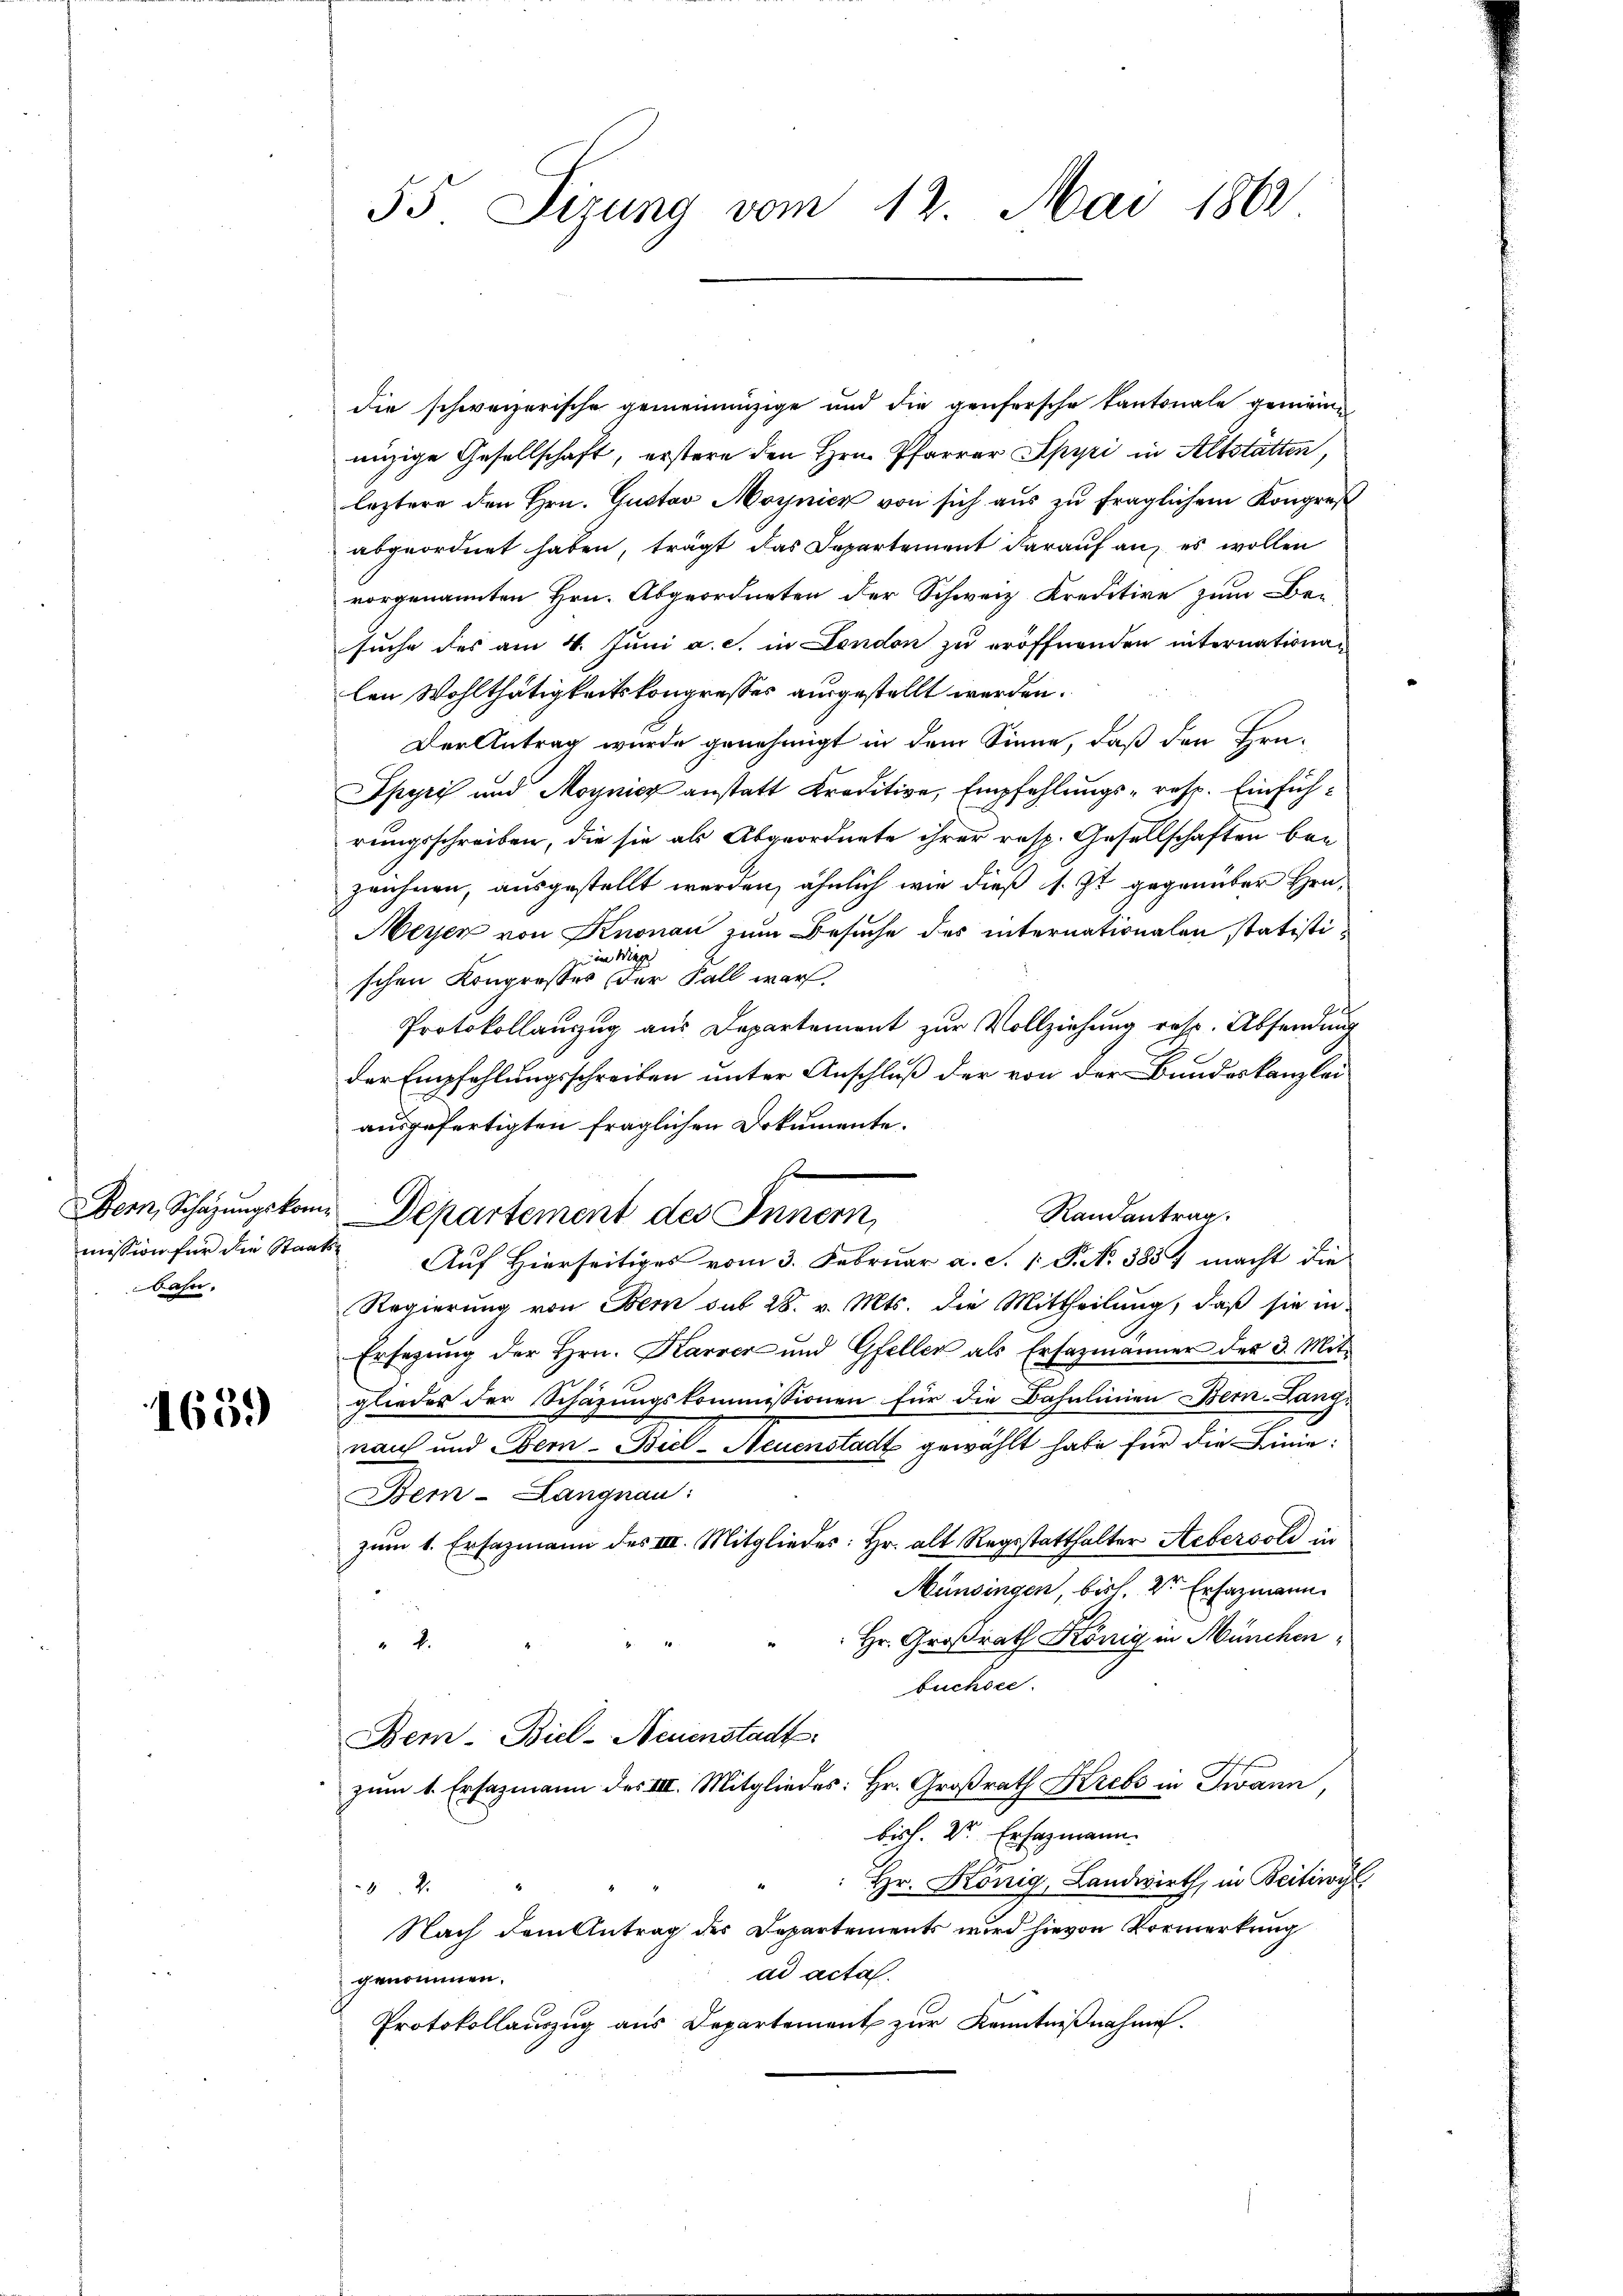
mission für die Staatsbahn.

1659

die schweizerische gemeinanzige und die genfersche Kantonale genien
enzige Gesellschaft, erstere den Hrn. Pfarrer Spyri in Altstätten,
leztere den Hrn. Gustav Moynick von sich aus zu fraglichem Kongreß
abgeordnet haben, trägt das Departement darauf an, es wollen
vorgenannten Hrn. Abgeordneten der Schweiz. Kreditire zum Besuche des am 4. Juni a. c. in London zu eröffnenden internationalen Wohlthätigkeitskongresses ausgestellt werden.
Der Antrag wurde genehmigt in dem Sinne, daß den Hrn¬
Spyri und Moynicz anstatt Kreditive, Empfehlungs- resp. Einführungsschreiben, die sie als Abgeordnete ihrer resp. Gesellschaften bee
zeichnen, ausgestellt werden, ähnlich wie dieß s. Zt. gegenüber Hrn.
Meyer von Knonau zum Besuche des internationalen statistiin im Mage
schen Kongresses der Fall war,
Protokollauszug aus Departement zur Vollziehung resp. Absendung
der Empfehlungsschreiben unter Anschluß der von der Bundeskanzlei
ausgefertigten fraglichen Dokumente.
x
Randantrag.
Auf Hierseitiges vom 3. Februar a. S. 1 P. No 3857 macht die
Regierung von Bern sub 28. v. Mts. die Mittheilung, daß sie in
Ersezung der Hrn. Karrer und Gfeller als Ersazmänner der 3. Mitgliedes der Schazungskommissionen für die Bahnlinien Bern-Lang.
nach und Bern Biel-Neuenstadt gewählt habe für die Linie
Bem- Langnau:
zum 1. Ersazmann des IIII. Mitglieder: Hr. alt Regsstatthalter Aebersold in
Münsingen, bisch, 2te Erfazmann
Hr. Großrath König in München,
2.
buchsee.
Bem- Biel-Neuenstadt
zum 1. Ersazmann des III. Mitgliedes: Hr. Großrath Krebs in Twann,
bisch. Dr. Ersatzmann.
Hr. König, Landwirth, in Beitiwyl
82.
Nach dem Antrag des Departements wird hievon Vormerkung
ad acta.
genommen.
Protokollauszug aus Departement zur Kenntnißnahme.

55 Sizung vom 12. Mai 1861

Dem, Schazungskom Departement des Innern,